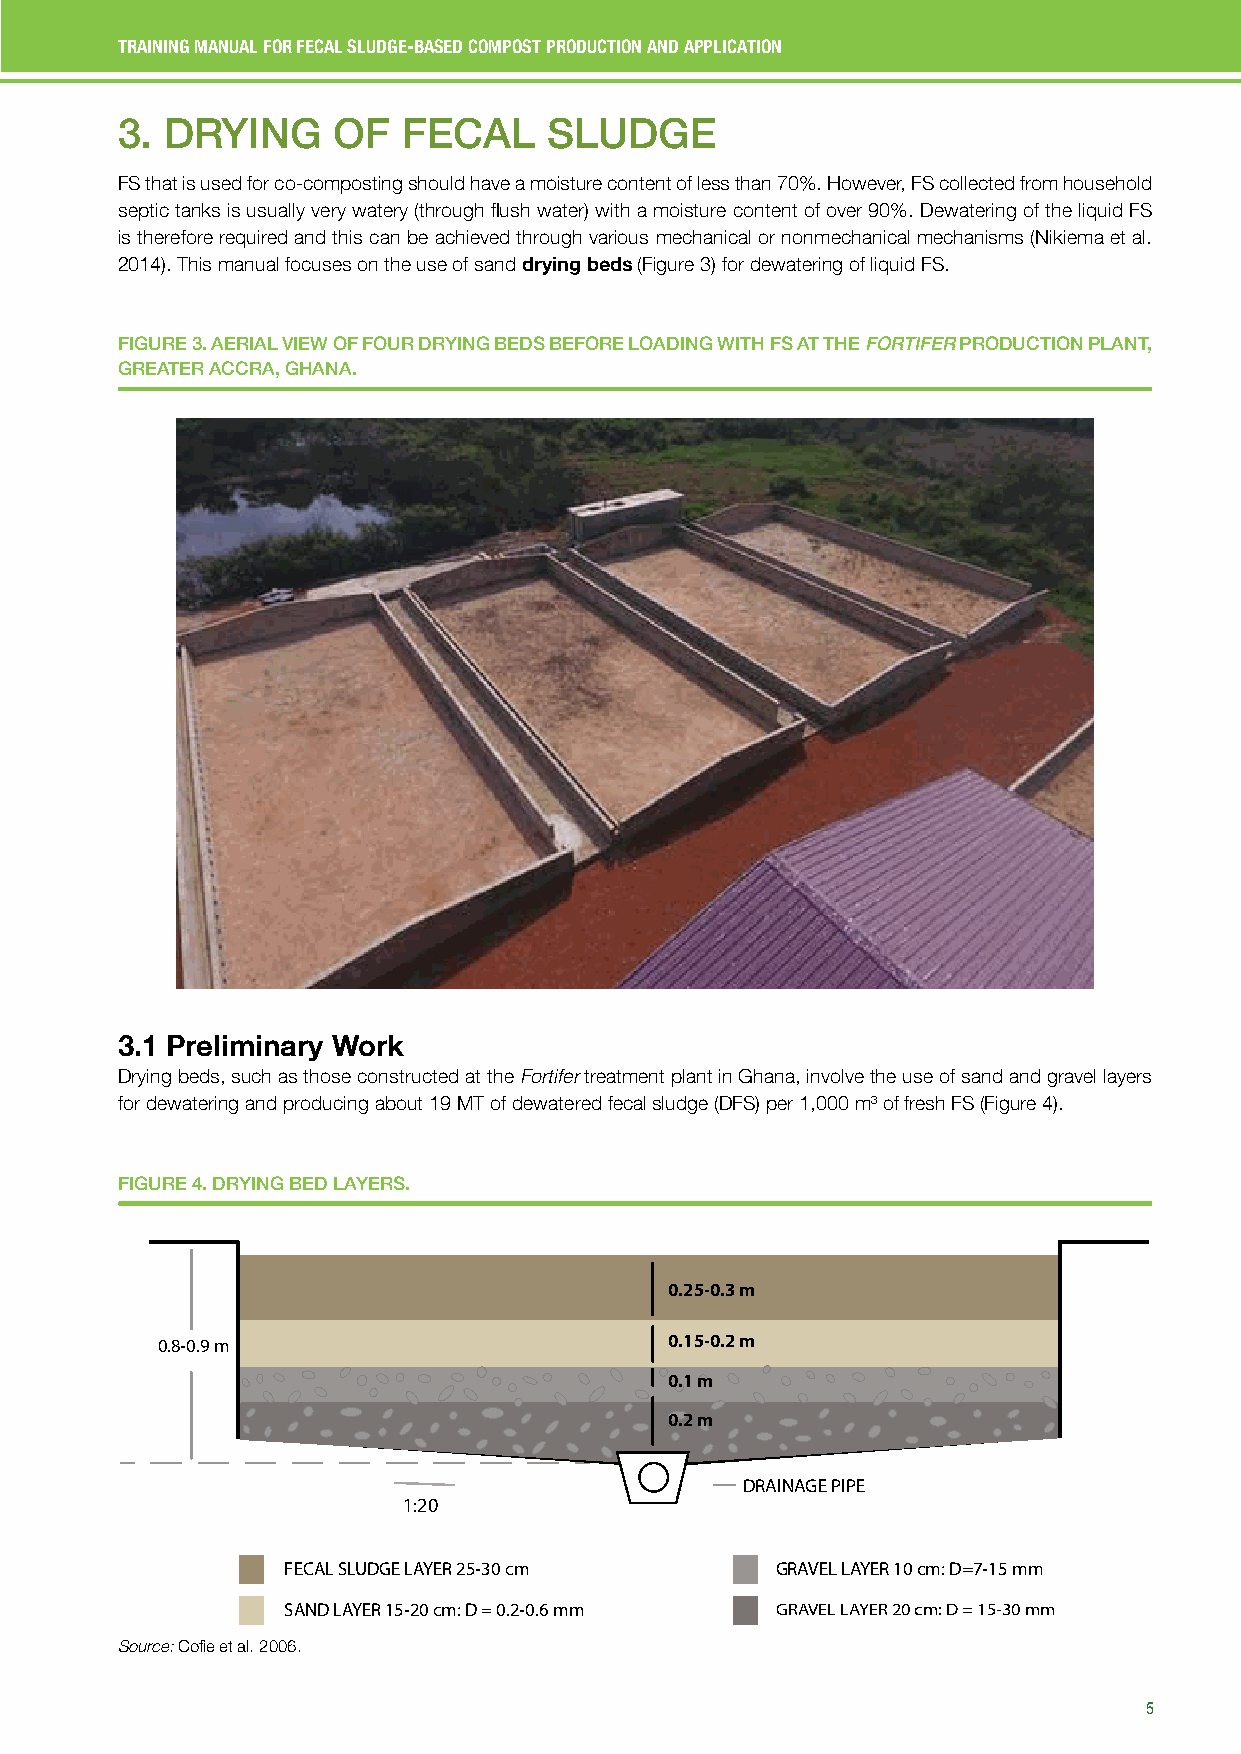
TRAINING MANUAL FOR FECAL SLUDGE-BASED COMPOST PRODUCTION AND APPLICATION
 3. DRYING     OF   FECAL    SLUDGE
 FS that is used for co-composting should have a moisture content of less than 70%. However, FS collected from household
 septic tanks is usually very watery (through flush water) with a moisture content of over 90%. Dewatering of the liquid FS
 is therefore required and this can be achieved through various mechanical or nonmechanical mechanisms (Nikiema et al.
 2014). This manual focuses on the use of sand drying beds (Figure 3) for dewatering of liquid FS.
 FIGURE 3. AERIAL VIEW OF FOUR DRYING BEDS BEFORE LOADING WITH FS AT THE FORTIFER PRODUCTION PLANT,
 GREATER ACCRA, GHANA.
 3.1 Preliminary Work
 Drying beds, such as those constructed at the Fortifer treatment plant in Ghana, involve the use of sand and gravel layers
 for dewatering and producing about 19 MT of dewatered fecal sludge (DFS) per 1,000 m3 of fresh FS (Figure 4).
 FIGURE 4. DRYING BED LAYERS.
 0.25-0.3 m
 0.8-0.9 m                         0.15-0.2 m
 0.1 m
 0.2 m
 DRAINAGE PIPE
 1:20
 FECAL SLUDGE LAYER 25-30 cm     GRAVEL LAYER 10 cm: D=7-15 mm
 SAND LAYER 15-20 cm: D = 0.2-0.6 mm GRAVEL LAYER 20 cm: D = 15-30 mm
 Source: Cofie et al. 2006.
 5